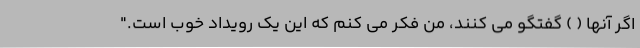
اگر آنها ( ) گفتگو می کنند، من فکر می کنم که این یک رویداد خوب است."